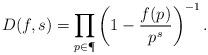
LaTeX: \begin{align*} D(f,s)=\prod_{p\in \P} \left(1-\frac{f(p)}{p^s}\right)^{-1}.\end{align*}